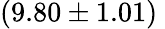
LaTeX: (9.80\pm 1.01)\